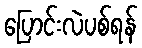
ပြောင်းလဲပစ်ရန်